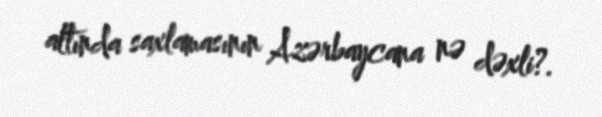
altında saxlamasının Azərbaycana nə dəxli?.